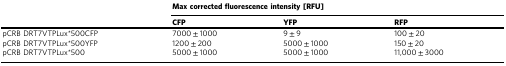
<table><thead><tr><td rowspan="2"></td><td colspan="3"><b>Max corrected fluorescence intensity [RFU]</b></td></tr><tr><td><b>CFP</b></td><td><b>YFP</b></td><td><b>RFP</b></td></tr></thead><tbody><tr><td>pCRB DRT7VTPLux*500CFP</td><td>7000 ± 1000</td><td>9 ± 9</td><td>100 ± 20</td></tr><tr><td>pCRB DRT7VTPLux*500YFP</td><td>1200 ± 200</td><td>5000 ± 1000</td><td>150 ± 20</td></tr><tr><td>pCRB DRT7VTPLux*500</td><td>5000 ± 1000</td><td>5000 ± 1000</td><td>11,000 ± 3000</td></tr></tbody></table>